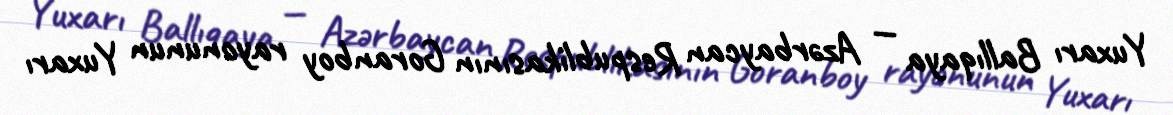
Yuxarı Ballıqaya — Azərbaycan Respublikasının Goranboy rayonunun Yuxarı